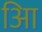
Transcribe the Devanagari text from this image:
आि